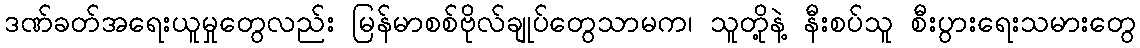
ဒဏ်ခတ်အရေးယူမှုတွေလည်း မြန်မာစစ်ဗိုလ်ချုပ်တွေသာမက၊ သူတို့နဲ့ နီးစပ်သူ စီးပွားရေးသမားတွေ